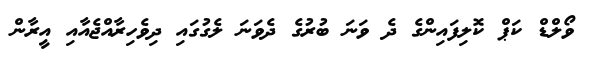
ވޯލްޑް ކަޕް ކޮލިފައިންގެ ދެ ވަނަ ބުރުގެ ދެވަނަ ލެގުގައި ދިވެހިރާއްޖެއާއި އީރާން